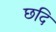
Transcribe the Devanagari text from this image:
छदि